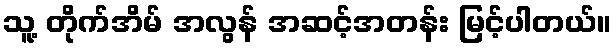
သူ့ တိုက်အိမ် အလွန် အဆင့်အတန်း မြင့်ပါတယ်။